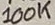
Text: 100K